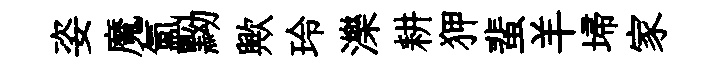
姿魔氲黝歟玲濼耕狎蜚羊埽家